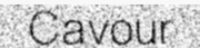
Cavour